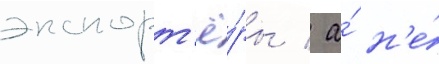
экспорт'ё́ры / а́ н'е́